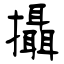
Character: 攝